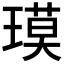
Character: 𬎇